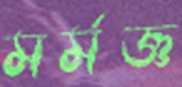
মর্মজ্ঞ